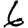
Digit: 6